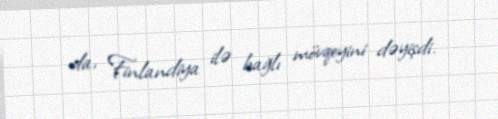
da, Finlandiya ilə bağlı mövqeyini dəyişdi.